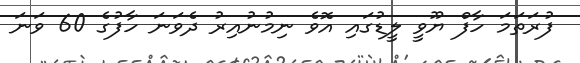
ފުރަތަމަ ހާފް ޔޫވީ ލީޑުގައި އޮވެ ނިމުނުއިރު ދެވަނަ ހާފުގެ 60 ވަނަ